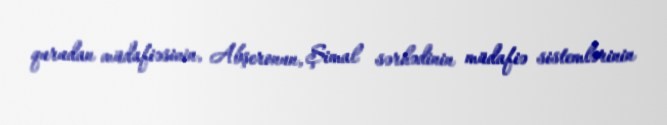
qurudan müdafiəsinin, Abşeronun, Şimal sərhədinin müdafiə sistemlərinin